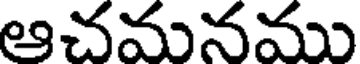
ఆచమనము